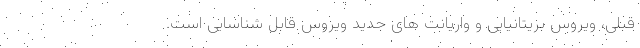
قبلی، ویروس‌ بریتانیایی و واریانت های جدید ویروس قابل شناسایی است.